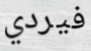
فيردي